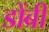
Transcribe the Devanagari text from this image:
डोंबी